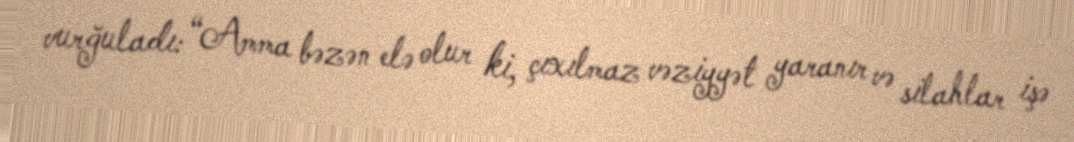
vurğuladı: “Amma bəzən elə olur ki, çıxılmaz vəziyyət yaranır və silahlar işə